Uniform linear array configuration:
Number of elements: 32
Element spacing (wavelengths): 1
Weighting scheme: hamming
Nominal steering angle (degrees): -15
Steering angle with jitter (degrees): -15.305
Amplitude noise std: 0.05
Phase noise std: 0.05

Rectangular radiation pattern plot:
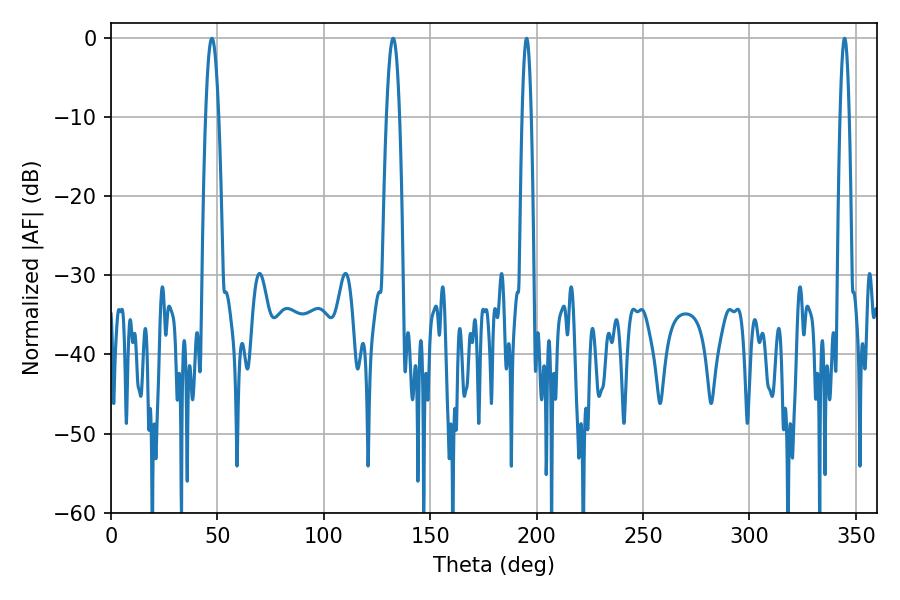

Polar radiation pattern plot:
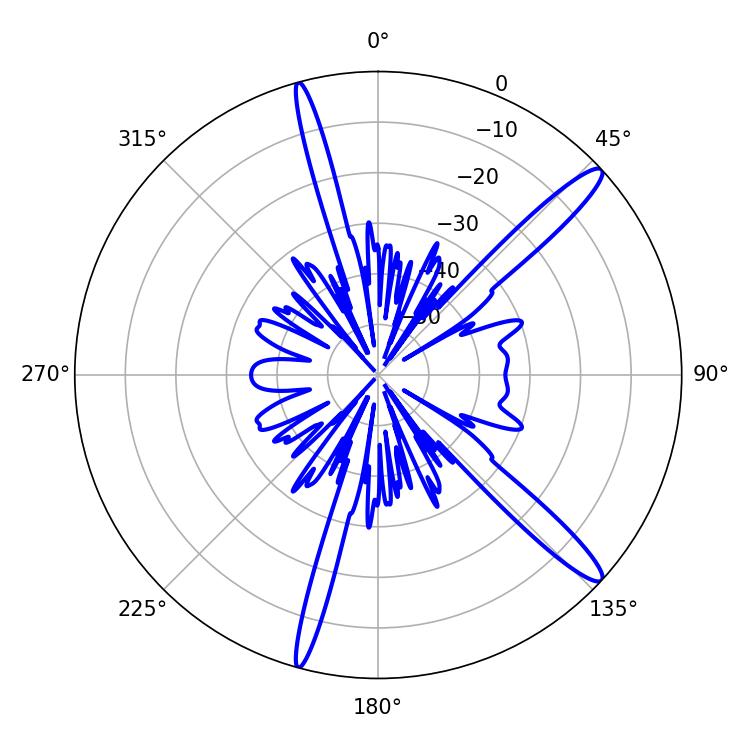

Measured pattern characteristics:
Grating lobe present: TRUE
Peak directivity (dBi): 14.47
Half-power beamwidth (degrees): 2.16
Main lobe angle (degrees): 195.3